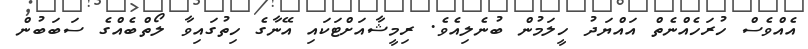
އެއްވެސް ހުރަހެއްނެތް އައްޔަދު ހީލަމުން ބުނެލިއެވެ. ރިމީޝާއަށްޓަކައި އޭނާގެ ހިތުގައިވާ ލޯތްބެއްގެ ސަބަބުން